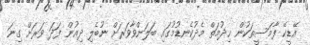
އޭޑީކޭ ފާމަސީތަކުން ޚިދުމަތް މެދުކެނޑުމުގައި ބަލަންވާވަރަށް ނުބެލި ދިއުން ފަދަ ވަރަށް ގިނަ